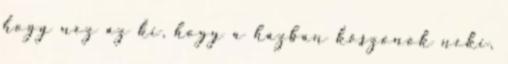
hogy néz az ki, hogy a házban köszönök neki,